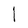
Character: l